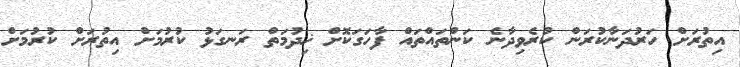
އިތުރަށް ހަރުދަނާކުރަން ކުރެވިދާނެ ކަންތައްތައް ފާހަގަކޮށް ޚިދުމަތް ރަނގަޅު ކުރުމަށް އިތުރަށް ކުރުމަށް